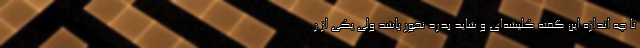
تا چه اندازه این گفته کلیشه‌ای و شاید بدرد نخور باشد ولی یکی از ر